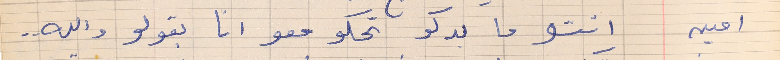
امين      انتو ما بدكو تحكو معو انا بقولو  والله. .